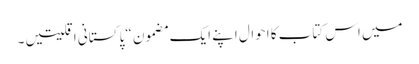
میں اس کتاب کا احوال اپنے ایک مضمون “پا کستانی اقلیتیں ۔